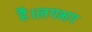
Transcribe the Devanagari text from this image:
है।लगभग